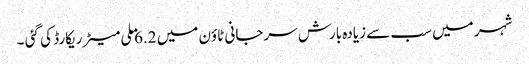
شہر میں سب سے زیادہ بارش سرجانی ٹاؤن میں 6.2 ملی میٹر ریکارڈ کی گئی ۔